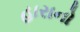
હારાનો